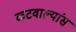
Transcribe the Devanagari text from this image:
कटवाल्यांस